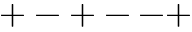
+ - + -- +